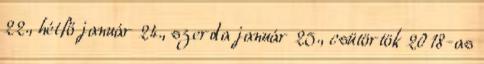
22., hétfő január 24., szerda január 25., csütörtök 2018-as